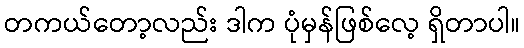
တကယ်တော့လည်း ဒါက ပုံမှန်ဖြစ်လေ့ ရှိတာပါ။